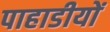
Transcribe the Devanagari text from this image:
पाहाडीयों